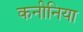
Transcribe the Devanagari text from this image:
कनीनिया